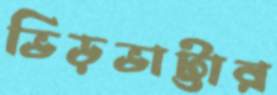
ভিড়ভাট্টার